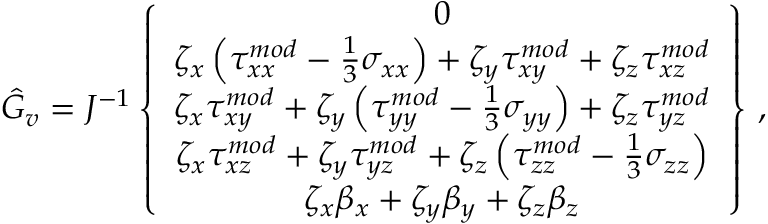
\hat { G } _ { v } = J ^ { - 1 } \left\{ \begin{array} { c } { 0 } \\ { \zeta _ { x } \left( { \tau } _ { x x } ^ { m o d } - \frac { 1 } { 3 } \sigma _ { x x } \right) + \zeta _ { y } { \tau } _ { x y } ^ { m o d } + \zeta _ { z } { \tau } _ { x z } ^ { m o d } } \\ { \zeta _ { x } { \tau } _ { x y } ^ { m o d } + \zeta _ { y } \left( { \tau } _ { y y } ^ { m o d } - \frac { 1 } { 3 } \sigma _ { y y } \right) + \zeta _ { z } { \tau } _ { y z } ^ { m o d } } \\ { \zeta _ { x } { \tau } _ { x z } ^ { m o d } + \zeta _ { y } { \tau } _ { y z } ^ { m o d } + \zeta _ { z } \left( { \tau } _ { z z } ^ { m o d } - \frac { 1 } { 3 } \sigma _ { z z } \right) } \\ { \zeta _ { x } { \beta } _ { x } + \zeta _ { y } { \beta } _ { y } + \zeta _ { z } { \beta } _ { z } } \end{array} \right\} \, \mathrm { , }